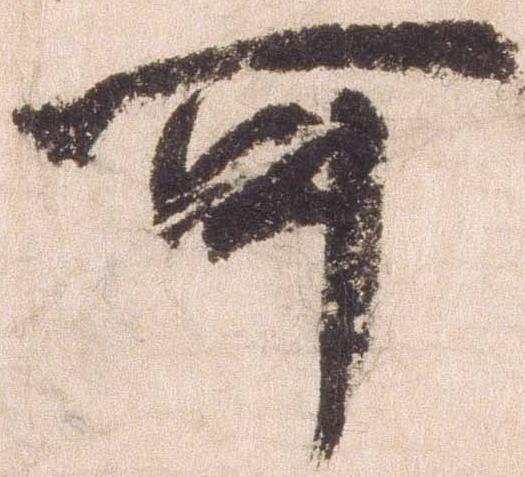
可